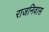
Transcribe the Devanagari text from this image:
राजनिवास